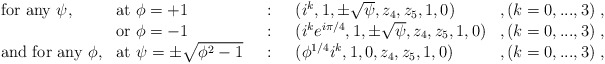
\begin{align*}\begin{array}{lllll}\mbox{for any $\psi$,}& \mbox{at }\phi=+1 &~:~ & (i^k,1,\pm\sqrt{\psi},z_4,z_5,1,0)& ,(k=0,...,3)~,\\& \mbox{or }\phi=-1 &~:~ & (i^k e^{i\pi/4},1,\pm \sqrt{\psi},z_4,z_5,1,0)&,(k=0,...,3)~,\\\mbox{and for any $\phi$,}& \mbox{at }\psi=\pm \sqrt{\phi^2-1} &~:~ &(\phi^{1/4}i^k,1,0,z_4,z_5,1,0)& ,(k=0,...,3)~,\end{array}\end{align*}